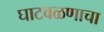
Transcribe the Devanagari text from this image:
घाटवळणाचा